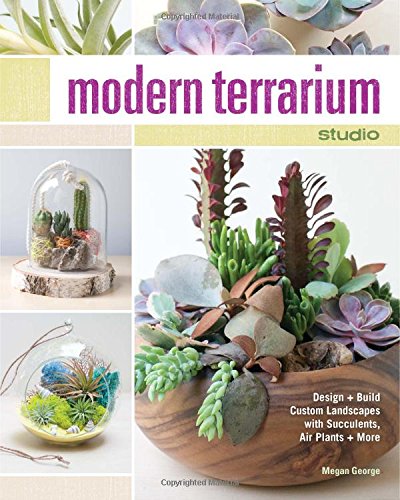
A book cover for Modern Terrarium Studio: Design + Build Custom Landscapes with Succulents, Air Plants + More; Megan George; Crafts, Hobbies & Home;